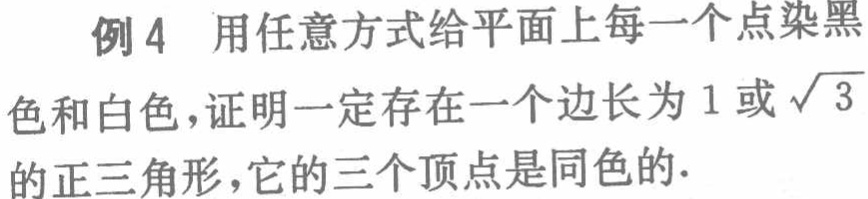
例4 用任意方式给平面上每一个点染黑色和白色，证明一定存在一个边长为\(1\)或\(\sqrt{3}\)的正三角形，它的三个顶点是同色的.